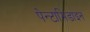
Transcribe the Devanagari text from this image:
पेन्टामिडाइन